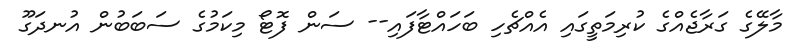
މާލޭގެ ގަރާޖެއްގެ ކުރިމަތީގައި އެއްޗެހި ބަހައްޓާފައި-- ސަން ފޮޓޯ މިކަމުގެ ސަބަބުން އުނދަގޫ